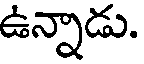
ఉన్నాడు.